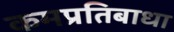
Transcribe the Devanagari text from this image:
कमप्रतिबाधा